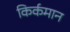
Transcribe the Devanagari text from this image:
किर्कमान